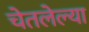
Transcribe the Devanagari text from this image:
चेतलेल्या